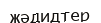
жәдидтер